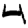
Digit: 4